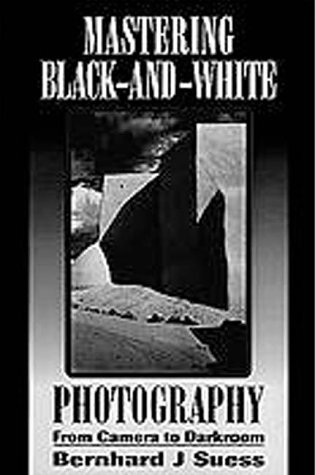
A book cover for Mastering Black-and-White Photography: From Camera to Darkroom; Bernhard Suess; Arts & Photography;